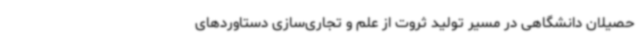
حصیلان دانشگاهی در مسیر تولید ثروت از علم و تجاری‌سازی دستاوردهای